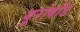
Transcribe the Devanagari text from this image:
यूरोबोंड